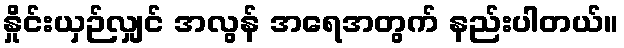
နှိုင်းယှဉ်လျှင် အလွန် အရေအတွက် နည်းပါတယ်။